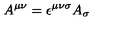
A ^ { \mu \nu } = \epsilon ^ { \mu \nu \sigma } A _ { \sigma }